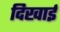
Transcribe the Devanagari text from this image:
दिखार्इ